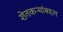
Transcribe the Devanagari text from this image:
शेतकऱ्यांबद्दल